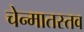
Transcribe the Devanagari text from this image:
चेन्मातस्तव